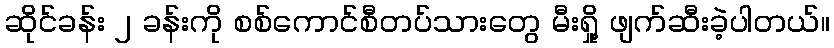
ဆိုင်ခန်း ၂ ခန်းကို စစ်ကောင်စီတပ်သားတွေ မီးရှို့ ဖျက်ဆီးခဲ့ပါတယ်။